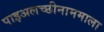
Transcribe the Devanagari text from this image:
पाइअलच्छीनाममाला